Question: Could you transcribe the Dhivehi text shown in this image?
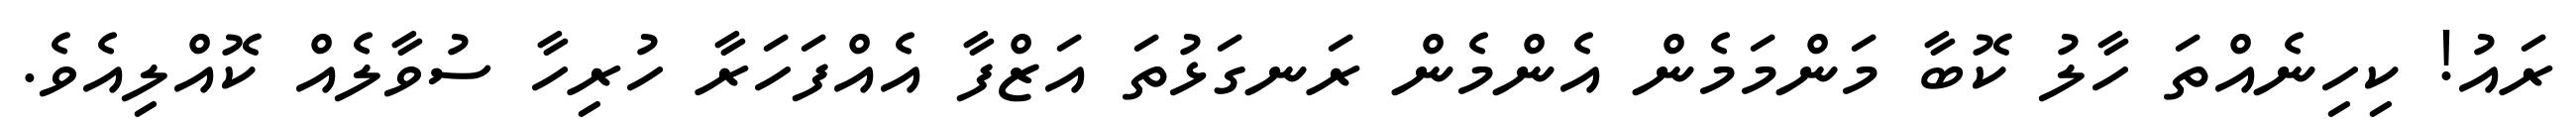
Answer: ރައު! ކިހިނެއްތަ ހާލު ކޮބާ މަންމަމެން އެންމެން ރަނގަޅުތަ އަޒްފާ އެއްފަހަރާ ހުރިހާ ސުވާލެއް ކޮއްލިއެވެ.